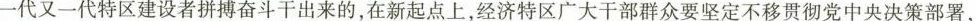
一代又一代特区建设者拼搏奋斗干出来的，在新起点上，经济特区广大干部群众要坚定不移贯彻党中央决策部署，